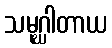
သမုဂ္ဃါတာယ